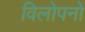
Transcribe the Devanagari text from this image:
विलोपनों